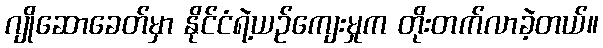
ဂျိုဆောခေတ်မှာ နိုင်ငံရဲ့ယဉ်ကျေးမှုက တိုးတက်လာခဲ့တယ်။